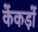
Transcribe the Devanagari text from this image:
केंकड़ों